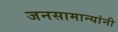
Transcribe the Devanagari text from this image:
जनसामान्यांनी